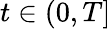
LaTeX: t\in(0,T]